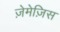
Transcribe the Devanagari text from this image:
ज़ेमेज़िस